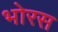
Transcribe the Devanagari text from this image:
भोरस